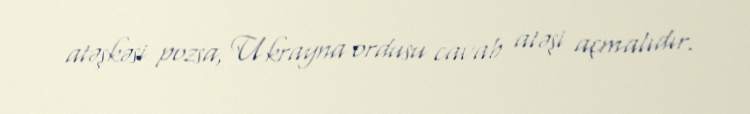
atəşkəsi pozsa, Ukrayna ordusu cavab atəşi açmalıdır.